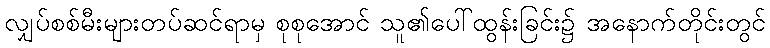
လျှပ်စစ်မီးများတပ်ဆင်ရာမှ စုစုအောင် သူ၏ပေါ်ထွန်းခြင်း၌ အနောက်တိုင်းတွင်